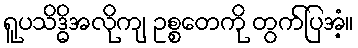
ရူပသိဒ္ဓိအလိုကျ ဥစ္စတေကို တွက်ပြအံ့။